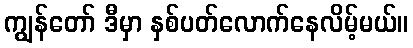
ကျွန်တော် ဒီမှာ နှစ်ပတ်လောက်နေလိမ့်မယ်။